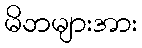
မိဘများအား